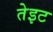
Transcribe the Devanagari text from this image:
तेइट